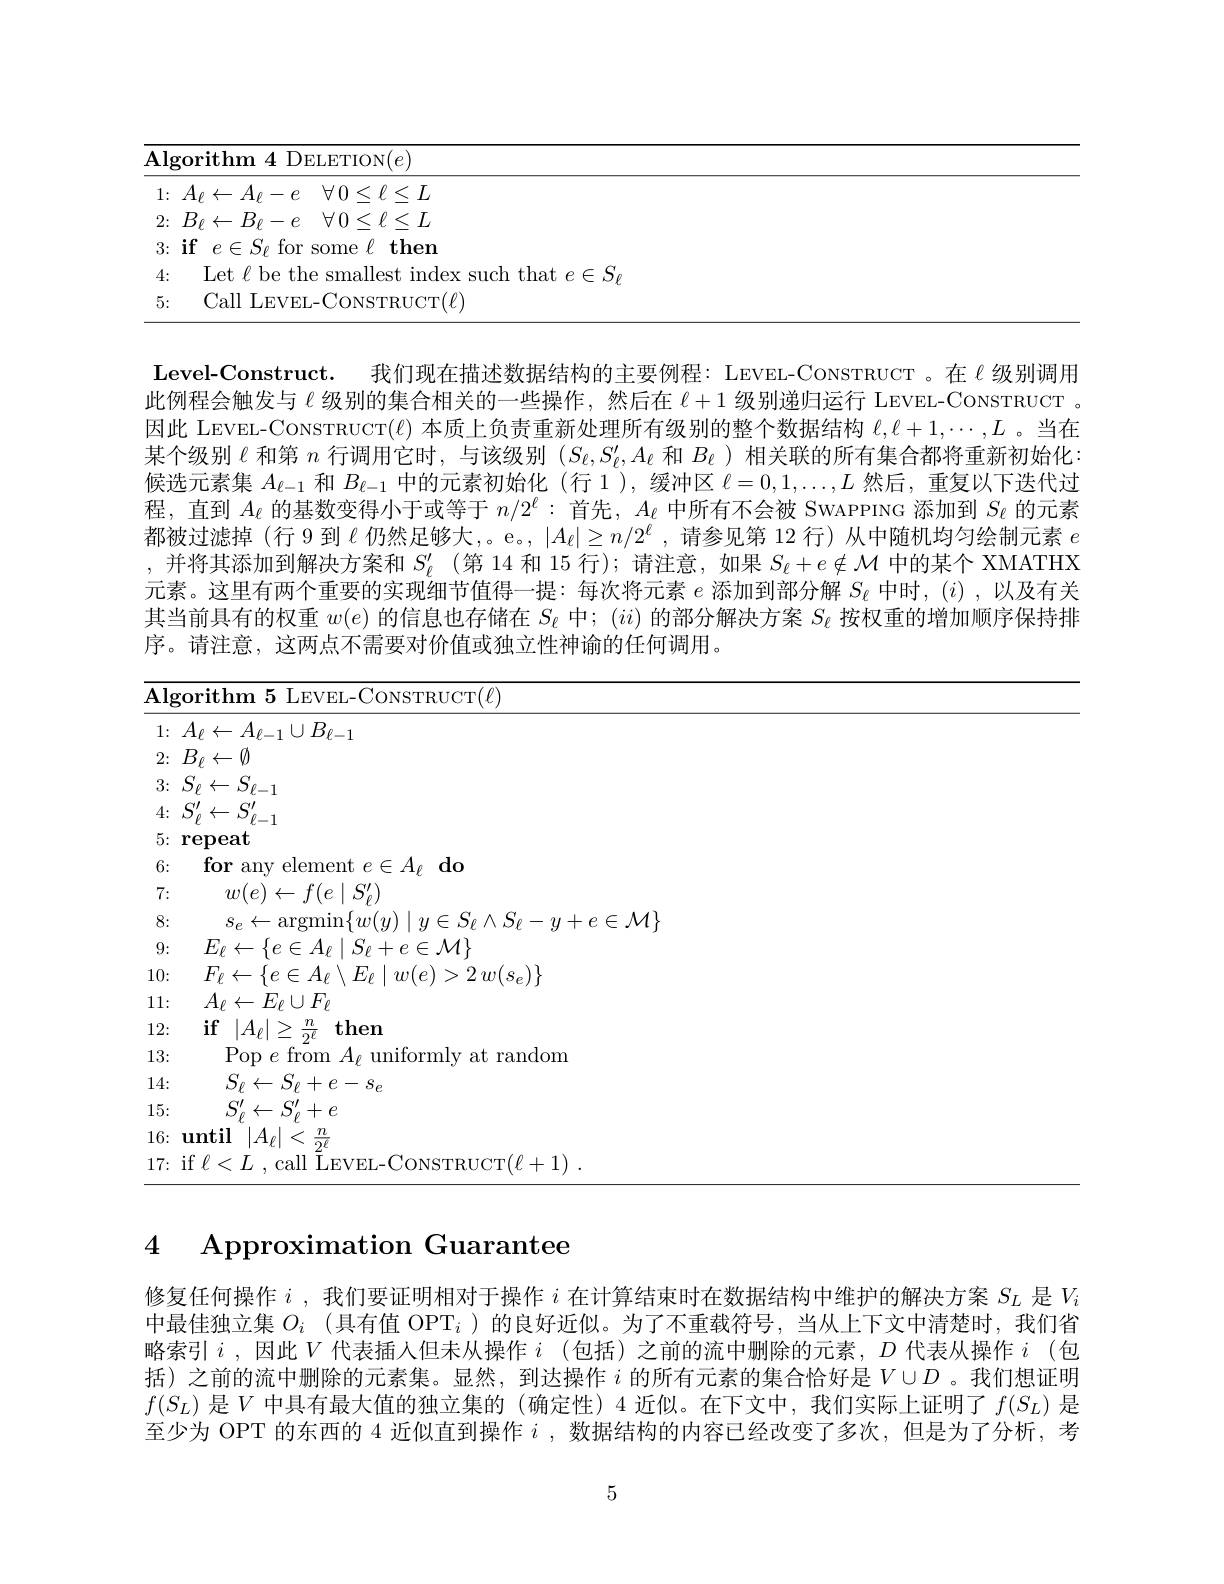
<table>
	<tbody>
		<tr>
			<td>${\mathrm{orithm~4~DELETION}}(e)$</td>
		</tr>
		<tr>
			<td>$\leftarrow A_{\ell}-e$ $\forall0\leq\ell\leq L$</td>
		</tr>
		<tr>
			<td>$\iota\leftarrow B_{\ell}-e$ $\forall0\leq\ell\leq L$</td>
		</tr>
		<tr>
			<td>or some $\ell$ then</td>
		</tr>
		<tr>
			<td>Let/he the $\textbf{x such that }e\in S_{\rho }$</td>
		</tr>
		<tr>
			<td>Call LEVEL-CONSTRUCT$(\ell)$</td>
		</tr>
	</tbody>
</table>

Level-Construct. 我们现在描述数据结构的主要例程：LEVEL-CONSTRUCT 。在《级别调用此例程会触发与$\ell$级别的集合相关的一些操作，然后在$\ell+1$级别递归运行 LEVEL-CONSTRUCT 。因此 LEVEL-CONSTRUCT$(\ell)$本质上负责重新处理所有级别的整个数据结构$\ell,\ell+1,\cdots,L$ 。当在某个级别$\ell$和第$n$行调用它时，与该级别$(S_\ell,S_\ell^{\prime},A_\ell$和$B_\ell)$相关联的所有集合都将重新初始化： 候选元素集$A_{\ell-1}$和$B_\ell-1$中的元素初始化 (行 1 ), 缓冲区$\ell=0,1,\ldots,L$然后，重复以下迭代过程，直到$A_{\ell}$的基数变得小于或等于$n/2^\ell:$首先，$A_\ell$中所有不会被 SWAPPING 添加到$S_\ell$的元素都被过滤掉 (行 9 到$\ell$仍然足够大，。e。, $|A_\ell|\geq n/2^\ell$,请参见第 12 行)从中随机均匀绘制元素$e$ ,并将其添加到解决方案和$S_\ell^{\prime}$ (第 14 和 15 行);请注意，如果$S_\ell+e\notin\mathcal{M}$中的某个 XMATHX 元素。这里有两个重要的实现细节值得一提：每次将元素$e$添加到部分解$S_\ell$中时，$(i)$,以及有关其当前具有的权重$w(e)$的信息也存储在$S_\ell$中；$(ii)$的部分解决方案$S_\ell$按权重的增加顺序保持排序。请注意，这两点不需要对价值或独立性神谕的任何调用。

<table>
	<tbody>
		<tr>
			<td>$\overline{\mathbf{Al}_{\xi}}$</td>
			<td>${\mathbf{orithm~5~LEVEL-CONSTRUCT}}(\ell)$</td>
		</tr>
		<tr>
			<td>1:</td>
			<td>${\overline{A_{\ell}\leftarrow A_{\ell-1}\cup B_{\ell-1}}}$</td>
		</tr>
		<tr>
			<td>2:</td>
			<td>$B_{\ell}\leftarrow\emptyset$</td>
		</tr>
		<tr>
			<td>3: 1 1 1</td>
			<td> </td>
		</tr>
		<tr>
			<td>4:</td>
			<td> </td>
		</tr>
		<tr>
			<td>5: 1</td>
			<td>reneat</td>
		</tr>
		<tr>
			<td>6: 1</td>
			<td>for any element $e\in A_{\ell }\textbf{do}$</td>
		</tr>
		<tr>
			<td>7: </td>
			<td>$w(e)\leftarrow f(e\mid S_{\rho}^{\prime})$</td>
		</tr>
		<tr>
			<td>8:</td>
			<td>=1+1,2 $=S_{\ell}\wedge S_{\ell}-y+e\in\mathcal{M}\}$</td>
		</tr>
		<tr>
			<td>9: 1 1 1 1 1</td>
			<td>$E_{\ell}\leftarrow\{e\in A_{\ell}\mid S_{\ell}+e\in\mathcal{M}\}$</td>
		</tr>
		<tr>
			<td>10:</td>
			<td>$+{}_{n}\leftarrow$ $- \{ e\in A_{\ell }\setminus E_{\ell }\mid w( e) > 2$ $w( s_{e}) \}$</td>
		</tr>
		<tr>
			<td>11: 1</td>
			<td>$A_{\ell}\leftarrow E_{\ell}\cup F_{\ell}$</td>
		</tr>
		<tr>
			<td>12:</td>
			<td>$\textbf{if}$ $| A_{\ell }| > \frac n{\mathrm{o} \ell }$ ${\frac u\ell }$ then</td>
		</tr>
		<tr>
			<td>13:</td>
			<td>Pop $e$ from $A_{\ell}$ uniformly at random</td>
		</tr>
		<tr>
			<td>14: </td>
			<td>$S_{\ell}\leftarrow S_{\ell}+e-s_{e}$</td>
		</tr>
		<tr>
			<td>15: 1 1 1 1</td>
			<td>$S_{\rho}^{\prime}\leftarrow S_{\rho}^{\prime}+e$</td>
		</tr>
		<tr>
			<td>16:</td>
			<td>$1\mathbf{nti}$ $|A_{\ell}|<\frac{n}{2\ell}$</td>
		</tr>
		<tr>
			<td>17:</td>
			<td>$\Gamma/V\perp1$</td>
		</tr>
	</tbody>
</table>

## 4 Approximation Guarantee

修复任何操作$i$ ,我们要证明相对于操作$i$在计算结束时在数据结构中维护的解决方案$S_L$是$V_i$ 中最佳独立集$O_i$ (具有值 OPT$_i$ )的良好近似。为了不重载符号，当从上下文中清楚时，我们省略索引$i$,因此$V$代表插人但未从操作$i$(包括)之前的流中删除的元素，$D$ 代表从操作 $i$(包括)之前的流中删除的元素集。显然，到达操作$i$ 的所有元素的集合恰好是$V\cup D$。我们想证明$f(S_L)$是$V$中具有最大值的独立集的 (确定性)4 近似。在下文中，我们实际上证明了$f(S_L)$是至少为 OPT 的东西的 4 近似直到操作$i$ ,数据结构的内容已经改变了多次，但是为了分析，考

5